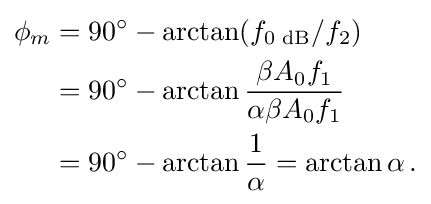
{\begin{aligned}\phi _{m}&=90^{\circ }-\arctan(f_{\text{0 dB}}/f_{2})\\&=90^{\circ }-\arctan {\frac {\beta A_{0}f_{1}}{\alpha \beta A_{0}f_{1}}}\\&=90^{\circ }-\arctan {\frac {1}{\alpha }}=\arctan \alpha \,.\end{aligned}}